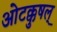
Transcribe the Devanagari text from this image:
ओटक्कुषल्